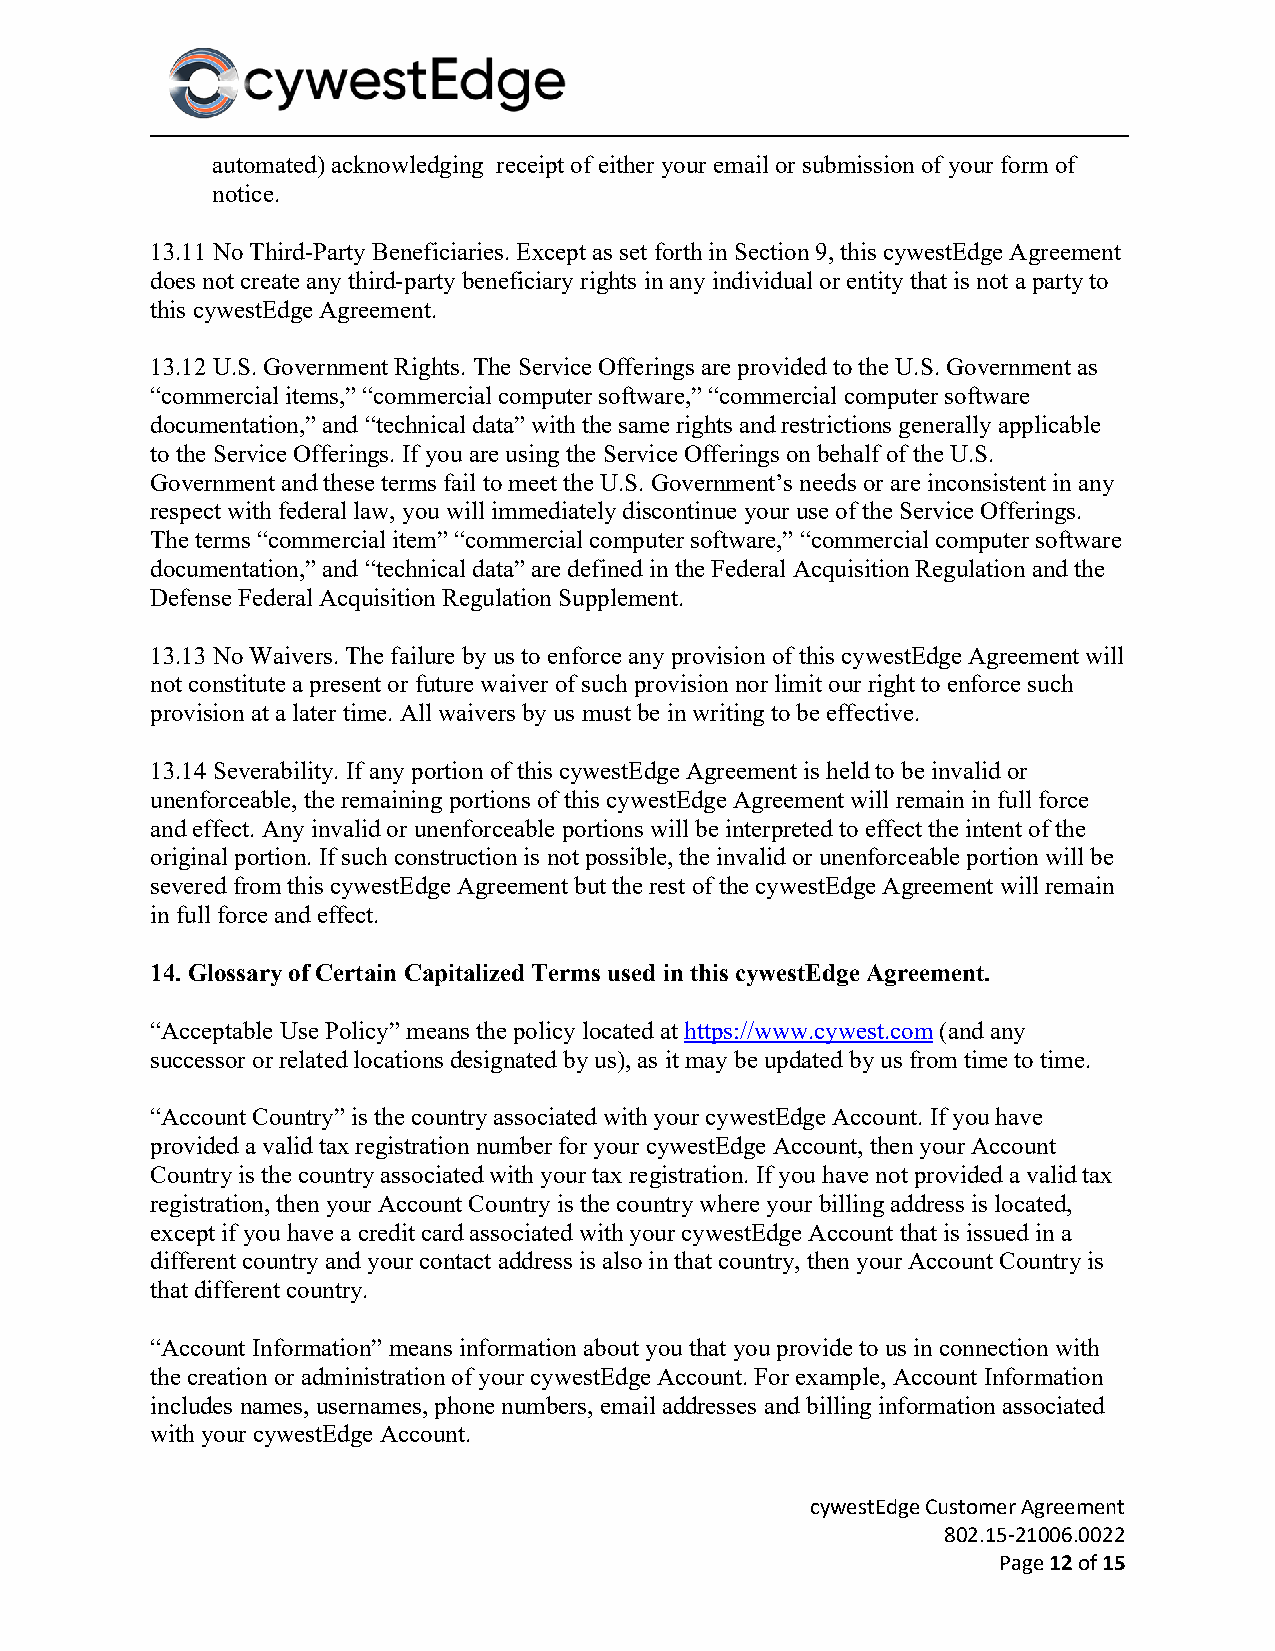
automated) acknowledging receipt of either your email or submission of your form of
 notice.
 13.11 No Third-Party Beneficiaries. Except as set forth in Section 9, this cywestEdge Agreement
 does not create any third-party beneficiary rights in any individual or entity that is not a party to
 this cywestEdge Agreement.
 13.12 U.S. Government Rights. The Service Offerings are provided to the U.S. Government as
 “commercial items,” “commercial computer software,” “commercial computer software
 documentation,” and “technical data” with the same rights and restrictions generally applicable
 to the Service Offerings. If you are using the Service Offerings on behalf of the U.S.
 Government and these terms fail to meet the U.S. Government’s needs or are inconsistent in any
 respect with federal law, you will immediately discontinue your use of the Service Offerings.
 The terms “commercial item” “commercial computer software,” “commercial computer software
 documentation,” and “technical data” are defined in the Federal Acquisition Regulation and the
 Defense Federal Acquisition Regulation Supplement.
 13.13 No Waivers. The failure by us to enforce any provision of this cywestEdge Agreement will
 not constitute a present or future waiver of such provision nor limit our right to enforce such
 provision at a later time. All waivers by us must be in writing to be effective.
 13.14 Severability. If any portion of this cywestEdge Agreement is held to be invalid or
 unenforceable, the remaining portions of this cywestEdge Agreement will remain in full force
 and effect. Any invalid or unenforceable portions will be interpreted to effect the intent of the
 original portion. If such construction is not possible, the invalid or unenforceable portion will be
 severed from this cywestEdge Agreement but the rest of the cywestEdge Agreement will remain
 in full force and effect.
 14. Glossary of Certain Capitalized Terms used in this cywestEdge Agreement.
 “Acceptable Use Policy” means the policy located at https://www.cywest.com (and any
 successor or related locations designated by us), as it may be updated by us from time to time.
 “Account Country” is the country associated with your cywestEdge Account. If you have
 provided a valid tax registration number for your cywestEdge Account, then your Account
 Country is the country associated with your tax registration. If you have not provided a valid tax
 registration, then your Account Country is the country where your billing address is located,
 except if you have a credit card associated with your cywestEdge Account that is issued in a
 different country and your contact address is also in that country, then your Account Country is
 that different country.
 “Account Information” means information about you that you provide to us in connection with
 the creation or administration of your cywestEdge Account. For example, Account Information
 includes names, usernames, phone numbers, email addresses and billing information associated
 with your cywestEdge Account.
 cywestEdge Customer Agreement
 802.15-21006.0022
 Page 12 of 15